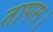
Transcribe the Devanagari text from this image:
तापस।